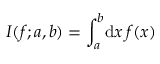
I ( f ; a , b ) = \int _ { a } ^ { b } \! \mathrm { d } x \, f ( x )